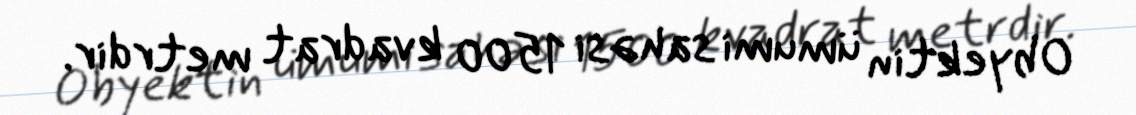
Obyektin ümumi sahəsi 1500 kvadrat metrdir.